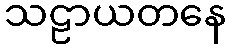
သဠာယတနေ